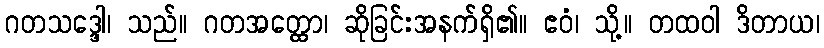
ဂတသဒ္ဒေါ၊ သည်။ ဂတအတ္ထော၊ ဆိုခြင်းအနက်ရှိ၏။ ဧဝံ၊ သို့။ တထဝါ ဒိတာယ၊